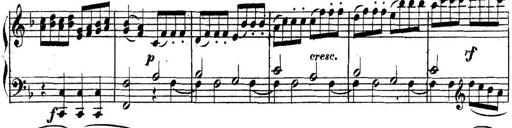
Title: Collected Piano Sonatas
Composer: Muzio Clementi